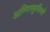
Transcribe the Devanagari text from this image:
अग्निस्फुलिंगों